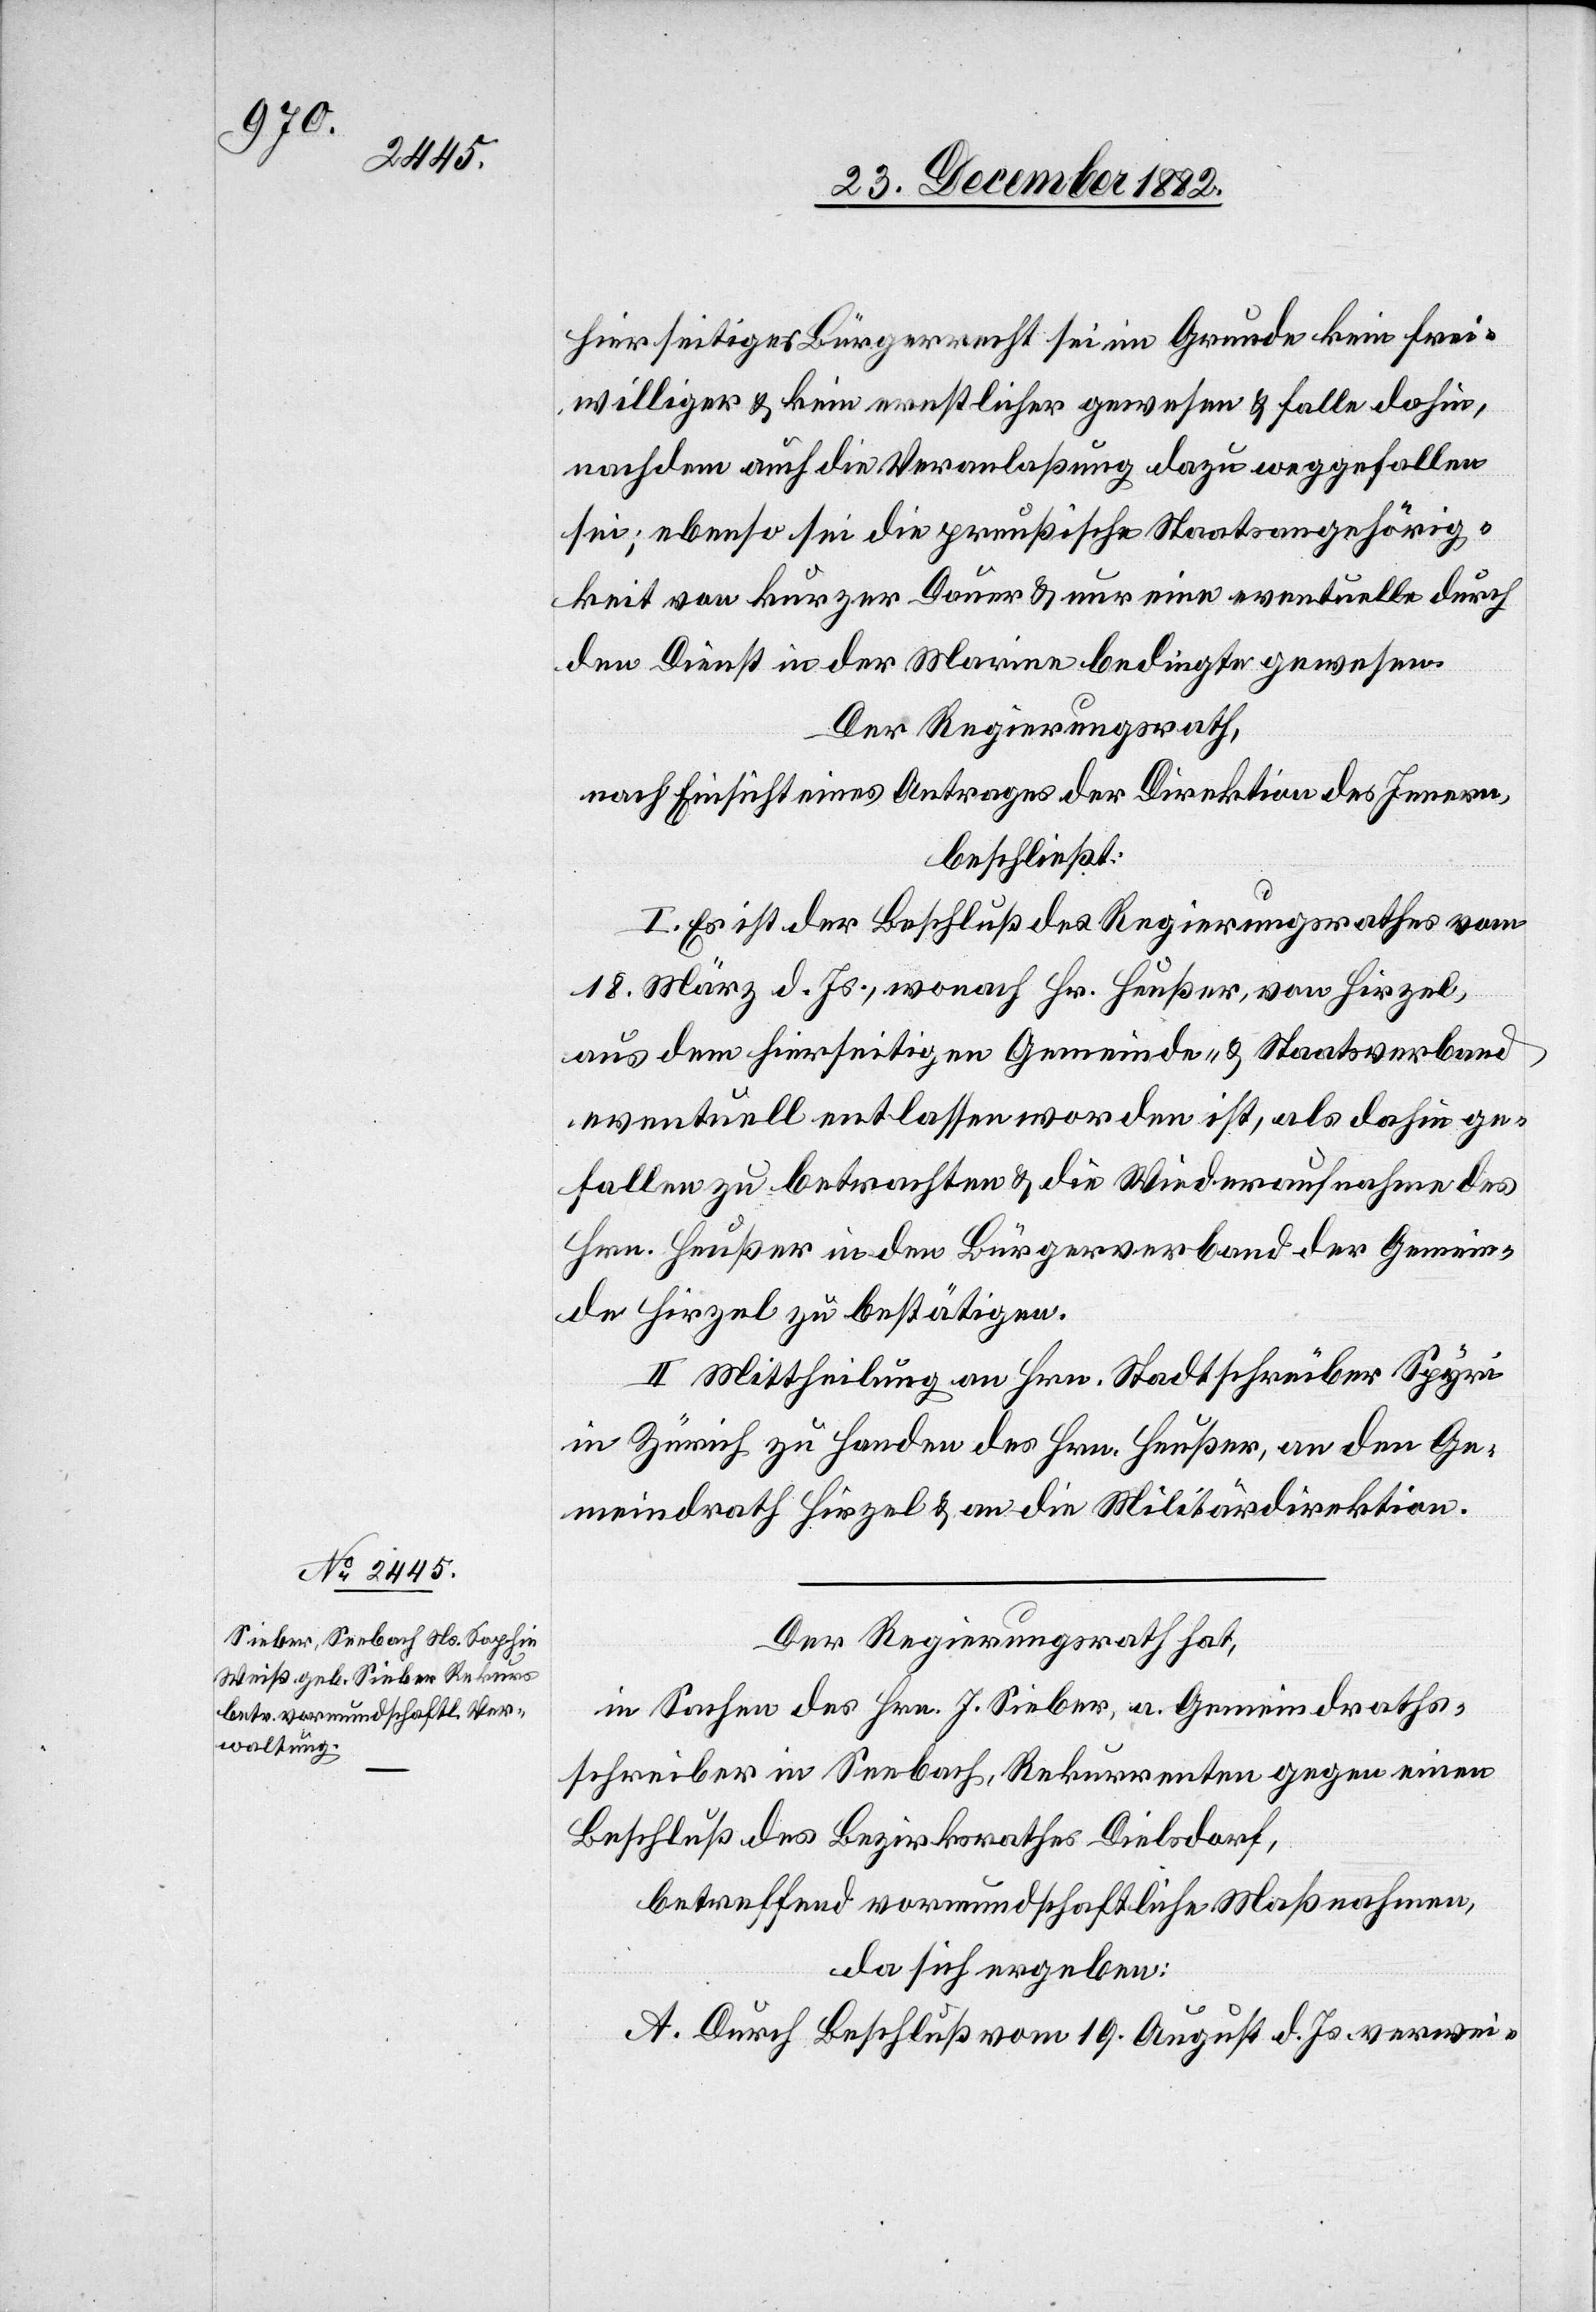
hierseitiges Bürgerrecht sei im Grunde kein frei¬
williger & kein ernstlicher gewesen & falle dahin,
nachdem auch die Veranlaßung dazu weggefallen
sei; ebenso sei die preußische Staatsnagehörig¬
keit von kurzer Dauer & nur eine eventuelle durch
den Dienst in der Marine bedingt gewesen.
Der Regierungsrath,
nach Einsicht eines Antrages der Direktion des Innern,
beschließt:
I. Es ist der Beschluß des Regierungsrathes vom
18. März d. Js., wonach Hr. Heußer, von Hirzel,
aus dem hierseitigen Gemeinde- & Staatsverband
eventuell entlassen worden ist, als dahin ge¬
fallen zu betrachten & die Wiederaufnahme des
Hrn. Heußer in den Bürgerverband der Gemein¬
de Hirzel zu bestätigen.
II. Mittheilung an Hrn. Stadtschreiber Spyri
in Zürich zu Handen des Hrn. Heußer, an den Ge¬
meindrath Hirzel & an die Militärdirektion.
Der Regierungsrath hat,
in Sachen des Hrn. J. Sieber, a. Gemeindraths¬
schreiber in Seebach, Rekurrenten gegen einen
Beschluß des Bezirksrathes Dielsdorf,
betreffend vormundschaftliche Maßnahmen,
da sich ergeben:
A. Durch Beschluß vom 19. August d. Js. verwei-